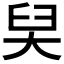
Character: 𡘑